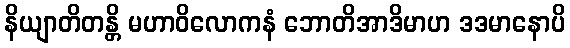
နိယျာတိတန္တိ မဟာဝိလောကနံ ဘောတိအာဒိမာဟ ဒဒမာနောပိ